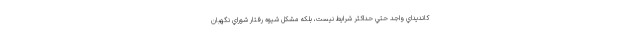
كانديداي واجد حتي حداكثر شرايط نيست، بلكه مشكل شيوه رفتار شوراي نگهبان